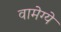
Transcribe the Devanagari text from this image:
वामेग्ये